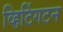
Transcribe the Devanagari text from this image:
व्हिटिंगटन